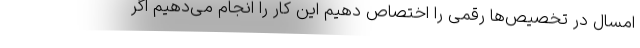
امسال در تخصیص‌ها رقمی را اختصاص دهیم این کار را انجام می‌دهیم اگر